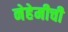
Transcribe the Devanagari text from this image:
नेहेमीची